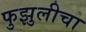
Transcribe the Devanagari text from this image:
फुझुलीचा